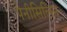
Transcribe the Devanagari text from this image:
पेनीसिलिन